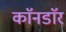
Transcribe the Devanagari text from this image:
काॅनडाॅर